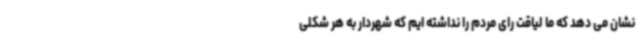
نشان می دهد که ما لیاقت رای مردم را نداشته ایم که شهردار به هر شکلی